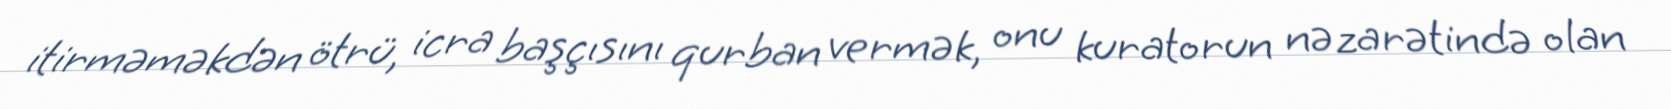
itirməməkdən ötrü, icra başçısını qurban vermək, onu kuratorun nəzarətində olan